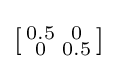
\left[{\begin{smallmatrix}0.5&0\\0&0.5\end{smallmatrix}}\right]